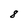
Character: 8